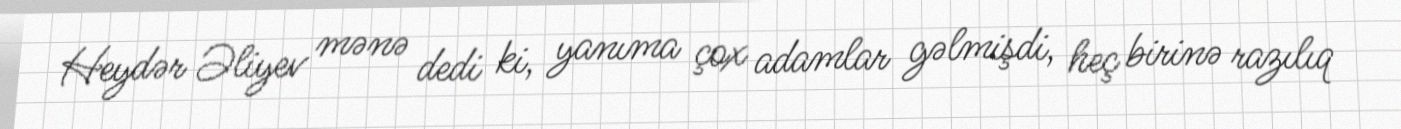
Heydər Əliyev mənə dedi ki, yanıma çox adamlar gəlmişdi, heç birinə razılıq